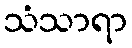
သံသာရာ